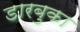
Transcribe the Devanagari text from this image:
डारबुका